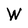
Character: W